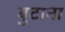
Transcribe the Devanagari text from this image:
बुटांना